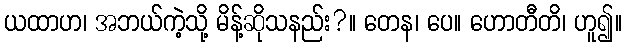
ယထာဟ၊ အဘယ်ကဲ့သို့ မိန့်ဆိုသနည်း?။ တေန၊ ပေ။ ဟောတီတိ၊ ဟူ၍။